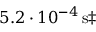
5 . 2 \cdot 1 0 ^ { - 4 } \, \mathrm { s } \ddagger